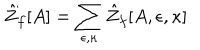
\hat { Z } _ { f } [ A ] = \sum _ { \epsilon , \kappa } \hat { Z } _ { f } [ A , \epsilon , \kappa ]